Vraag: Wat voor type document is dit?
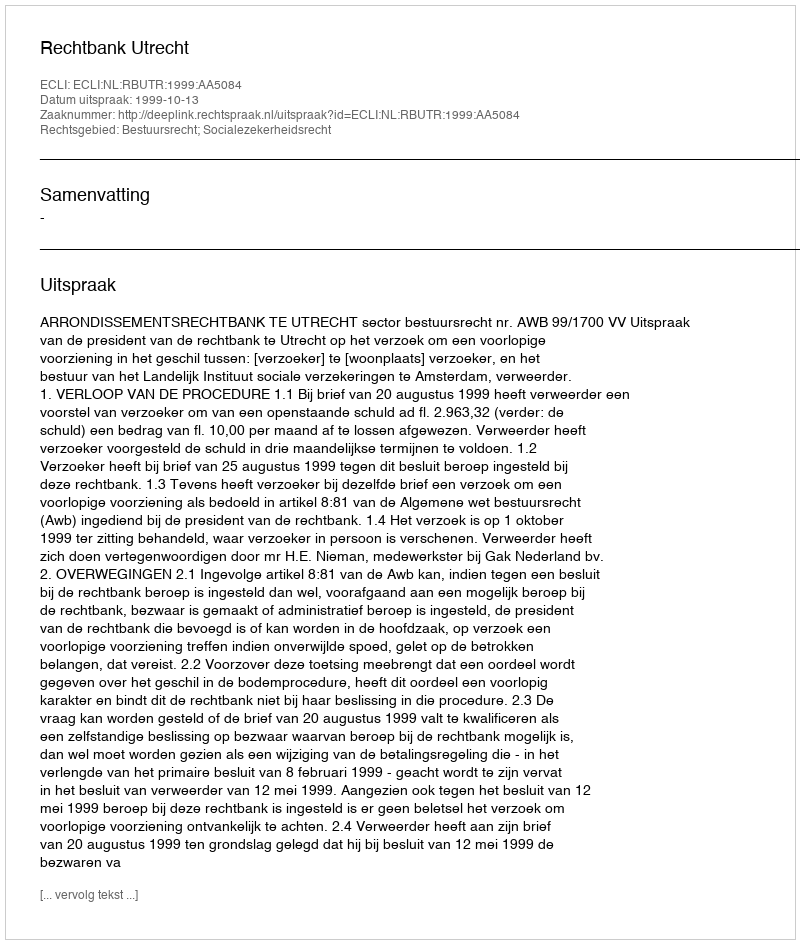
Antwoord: Uitspraak